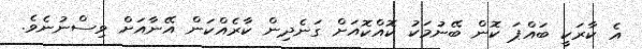
އެ ކާރަކީ ބައްޕަ ކޮން ބޭނުމަކު ކޮއްކޮއަށް ގަނެދިން ކާރެއްކަން އޭނާއަށް ވިސްނުނެވެ.